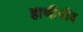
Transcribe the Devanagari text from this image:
हाथीपाँव